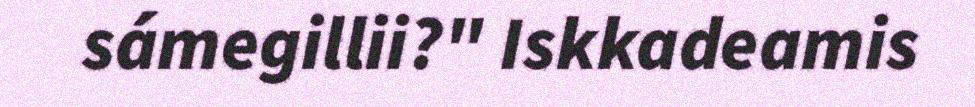
sámegillii?" Iskkadeamis